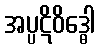
အပ္ပဋိဝိဒ္ဓေါ